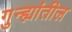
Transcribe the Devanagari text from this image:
गुन्ह्यांतील